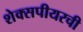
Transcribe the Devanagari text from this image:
शेक्सपीयरची